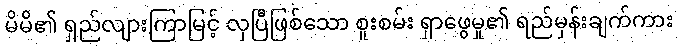
မိမိ၏ ရှည်လျားကြာမြင့် လှပြီဖြစ်သော စူးစမ်း ရှာဖွေမှု၏ ရည်မှန်းချက်ကား